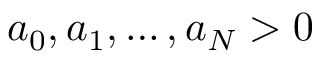
a _ { 0 } , a _ { 1 } , \dots , a _ { N } > 0